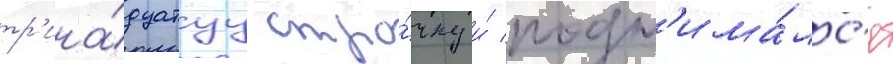
тр'ина́дцатуу стро́чку и́ подн'има́лс'я